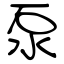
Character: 泵